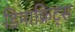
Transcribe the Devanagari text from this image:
डिमाक्रिट्स